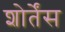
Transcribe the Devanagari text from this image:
शोर्तेंस